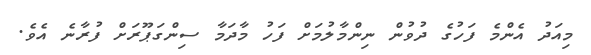
މިއަދު އެންމެ ފަހުގެ ދުވުން ނިންމާލުމަށް ފަހު މާދަމާ ސިންގަޕޫރަށް ފުރާނެ އެވެ.